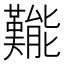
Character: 㔮